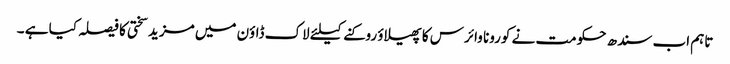
تاہم اب سندھ حکومت نے کورونا وائرس کا پھیلاؤ روکنے کیلئے لاک ڈاؤن میں مزید سختی کا فیصلہ کیا ہے ۔